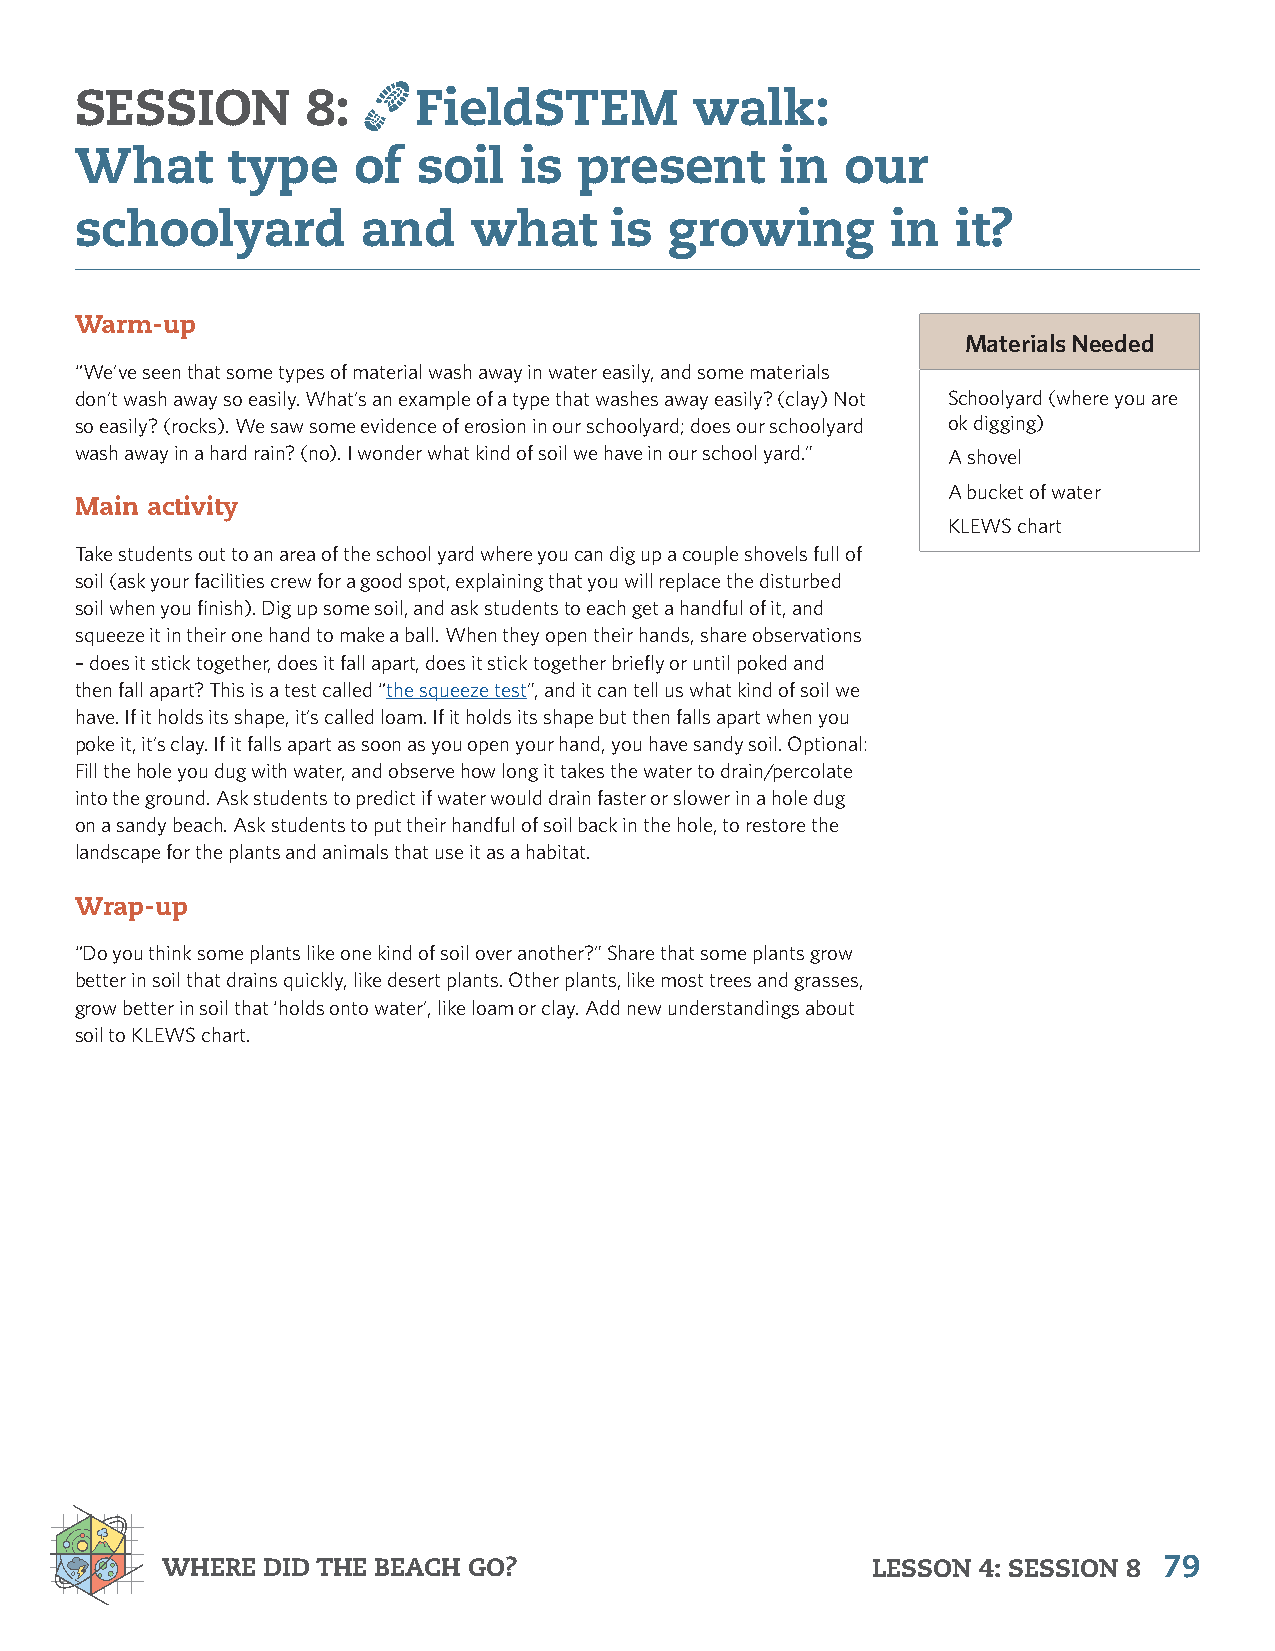
SESSION        8:      FieldSTEM         walk:
 What      type    of   soil  is  present       in  our
 schoolyard         and    what     is  growing        in  it?
 Warm-up
 Materials Needed
 “We’ve seen that some types of material wash away in water easily, and some materials
 don’t wash away so easily. What’s an example of a type that washes away easily? (clay) Not Schoolyard (where you are
 so easily? (rocks). We saw some evidence of erosion in our schoolyard; does our schoolyard ok digging)
 wash away in a hard rain? (no). I wonder what kind of soil we have in our school yard.” A shovel
 A bucket of water
 Main activity
 KLEWS chart
 Take students out to an area of the school yard where you can dig up a couple shovels full of
 soil (ask your facilities crew for a good spot, explaining that you will replace the disturbed
 soil when you finish). Dig up some soil, and ask students to each get a handful of it, and
 squeeze it in their one hand to make a ball. When they open their hands, share observations
 – does it stick together, does it fall apart, does it stick together briefly or until poked and
 then fall apart? This is a test called “the squeeze test”, and it can tell us what kind of soil we
 have. If it holds its shape, it’s called loam. If it holds its shape but then falls apart when you
 poke it, it’s clay. If it falls apart as soon as you open your hand, you have sandy soil. Optional:
 Fill the hole you dug with water, and observe how long it takes the water to drain/percolate
 into the ground. Ask students to predict if water would drain faster or slower in a hole dug
 on a sandy beach. Ask students to put their handful of soil back in the hole, to restore the
 landscape for the plants and animals that use it as a habitat.
 Wrap-up
 “Do you think some plants like one kind of soil over another?” Share that some plants grow
 better in soil that drains quickly, like desert plants. Other plants, like most trees and grasses,
 grow better in soil that ‘holds onto water’, like loam or clay. Add new understandings about
 soil to KLEWS chart.
 WHERE DID THE BEACH GO?                        LESSON 4: SESSION 8 79